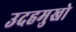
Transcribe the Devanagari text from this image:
उदहमुखो